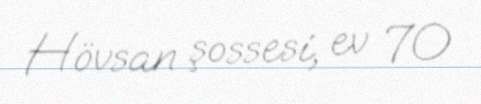
Hövsan şossesi, ev 70